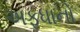
અફધાનો